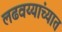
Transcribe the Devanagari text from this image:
लढवय्यांच्यात